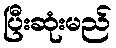
ပြီးဆုံးမည်